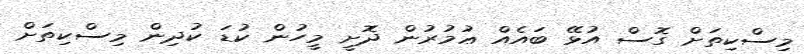
މިސްކިތަށް ގޮސް އުޅޭ ބައެއް ޢުމުރުން ދޮށީ މީހުން ކުޑަ ކުދިން މިސްކިތަށް